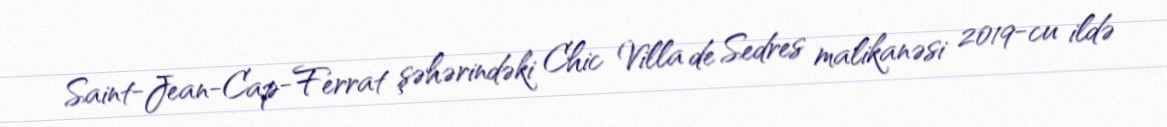
Saint-Jean-Cap-Ferrat şəhərindəki Chic Villa de Sedres malikanəsi 2019-cu ildə